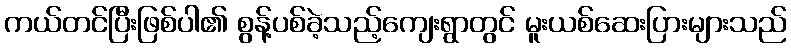
ကယ်တင်ပြီးဖြစ်ပါ၏ စွန့်ပစ်ခဲ့သည့်ကျေးရွာတွင် မူးယစ်ဆေးပြားများသည်